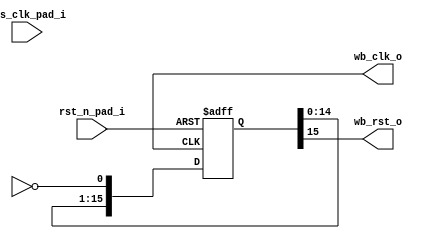
module clkgen
  (
   // Main clocks in, depending on board
   sys_clk_pad_i,

   // Wishbone clock and reset out  
   wb_clk_o,
   wb_rst_o,

   // JTAG clock
`ifdef JTAG_DEBUG
   tck_pad_i,
   dbg_tck_o,
`endif      
   // Main memory clocks
`ifdef VERSATILE_SDRAM
   sdram_clk_o,
   sdram_rst_o,
`endif
   // Peripheral clocks
`ifdef ETH_CLK
   eth_clk_pad_i,
   eth_clk_o,
   eth_rst_o,
 `endif

`ifdef USB_CLK
   usb_clk_o,
`endif

   // Asynchronous, active low reset in
   rst_n_pad_i
   
   );

   input sys_clk_pad_i;

   output wb_rst_o;
   output wb_clk_o;

`ifdef JTAG_DEBUG
   input  tck_pad_i;
   output dbg_tck_o;
`endif      
   
`ifdef VERSATILE_SDRAM
   output sdram_clk_o;
   output sdram_rst_o;
`endif

`ifdef ETH_CLK
   input  eth_clk_pad_i;
   output eth_clk_o;
   output eth_rst_o;
`endif
   
`ifdef USB_CLK
   output usb_clk_o;
`endif

   // Asynchronous, active low reset (pushbutton, typically)
   input  rst_n_pad_i;
   
   // First, deal with the asychronous reset
   wire   async_rst;
   wire   async_rst_n;

   assign async_rst_n  = rst_n_pad_i;
   
   // Everyone likes active-high reset signals...
   assign async_rst = ~async_rst_n;
   
   
`ifdef JTAG_DEBUG
   assign  dbg_tck_o = tck_pad_i;
`endif

   //
   // Declare synchronous reset wires here
   //
   
   // An active-low synchronous reset signal (usually a PLL lock signal)
   wire   sync_rst_n;

   // An active-low synchronous reset from ethernet PLL
   wire   sync_eth_rst_n;
   
   
`ifdef ACTEL_PLL
 `ifdef SYNTHESIS
   wire   pll_lock;   
   wire   eth_pll_lock;
   
  `ifdef PLL_XTAL64_WB36
   pll_xtal64_wb36
  `endif
  `ifdef PLL_XTAL64_WB32
   pll_xtal64_wb32
  `endif
  `ifdef PLL_XTAL64_WB30
   pll_xtal64_wb30
  `endif               
  `ifdef PLL_XTAL64_WB24
   pll_xtal64_wb24
  `endif          
  `ifdef PLL_XTAL64_WB20
   pll_xtal64_wb20
  `endif     
  `ifdef PLL_XTAL64_WB18
   pll_xtal64_wb18
  `endif
  `ifdef PLL_XTAL64_WB16
   pll_xtal64_wb16
  `endif
  `ifdef PLL_XTAL25_WB24
   pll_xtal25_wb24
  `endif
  `ifdef PLL_XTAL25_WB20
   pll_xtal25_wb20
  `endif

     pll0
     (
      .POWERDOWN(1'b1),
      .CLKA(sys_clk_pad_i),
      .LOCK(pll_lock),

  `ifdef VERSATILE_SDRAM      
      .GLA(sdram_clk_o),
  `else
      .GLA(),
  `endif      
      
      .GLB(wb_clk_o),
      
  `ifdef USB_CLK
      .GLC(usb_clk_o)
  `else
      .GLC()
  `endif      
      );

   assign sync_rst_n = pll_lock;

  `ifdef ETH_CLK   
   `ifdef ETH_CLK_PLL
   
   eth_pll eth_pll0
     (
      .POWERDOWN(1'b1),
      .CLKA(eth_clk_pad_i),
      .LOCK(eth_pll_lock),
      .GLA(eth_clk_o)
      );
   `else
   // Just instantiate global buffer for incoming ethernet clock
   gbuf eth_clk_gbuf
     (
      .CLK(eth_clk_pad_i),
      .GL(eth_clk_o)
      );
   assign eth_pll_lock = 1'b1;
   `endif // !`ifdef ETH_CLK_PLL
  `endif
   
   assign sync_eth_rst_n = eth_pll_lock;
   
 `else // !`ifdef SYNTHESIS
   // Buggy looking Actel PLL simulation model  (it was drifting when 
   // generating certain frequencies) so we will generate our own during 
   // simulation.

   reg 	  wb_clk_gen = 0;
   reg 	  usb_clk_gen = 0;

   // Delay on Actel PLLs for SDRAM clock (GLA) is 0.200ns
   parameter Tskew_actel_pll_gla = 0.200;
   assign #Tskew_actel_pll_gla sdram_clk_o  = sys_clk_pad_i;
   
   always
     #((`ACTEL_PLL_CLKB_PERIOD)/2) wb_clk_gen <=  async_rst ? 0 : ~wb_clk_gen;
   
   always
     #((`ACTEL_PLL_CLKC_PERIOD)/2) usb_clk_gen <=  async_rst ? 0 : ~usb_clk_gen;

   assign wb_clk_o = wb_clk_gen;

  `ifdef USB_CLK
   assign usb_clk_o = usb_clk_gen;   
  `endif
       
  `ifdef ETH_CLK
   `ifdef ETH_CLK_PLL
   // Ethernet clock is 125MHz on ORSoC dev board 
   // PLL set to -0.06ns delay model this here
   
   wire   eth_clk, eth_clk_dly1, eth_clk_dly2;
   assign #3.5 eth_clk_dly1 = eth_clk_pad_i;
   assign #3.5 eth_clk_dly2 = eth_clk_dly1;
   assign #(1 - 0.06)eth_clk = eth_clk_dly2;
   assign eth_clk_o = eth_clk;
   `else
   
   assign eth_clk_o = eth_clk_pad_i;
   
   `endif // !`ifdef ETH_CLK_PLL
  `endif //  `ifdef ETH_CLK
   
   

   reg 	  pll_lock = 0;
   reg 	  eth_pll_lock = 1;
  
   always @(async_rst)
     if (async_rst)
       pll_lock = 0;
     else
       #300 pll_lock = 1;

   // Assign synchronous resets
   assign sync_rst_n = pll_lock;
   assign sync_eth_rst_n = eth_pll_lock;

   
 `endif // !`ifdef SYNTHESIS
`endif //  `ifdef ACTEL_PLL

   //
   // Reset generation
   //
   //
            

   // Reset generation for wishbone
   reg [15:0] 	   wb_rst_shr;
   always @(posedge wb_clk_o or posedge async_rst)
     if (async_rst)
       wb_rst_shr <= 16'hffff;
     else
       wb_rst_shr <= {wb_rst_shr[14:0], ~(sync_rst_n)};
   
   assign wb_rst_o = wb_rst_shr[15];
   

   
`ifdef VERSATILE_SDRAM   
   // Reset generation for SDRAM controller
   reg [15:0] 	   sdram_rst_shr;
   always @(posedge sdram_clk_o or posedge async_rst)
     if (async_rst)
       sdram_rst_shr <= 16'hffff;
     else
       sdram_rst_shr <= {sdram_rst_shr[14:0], ~(sync_rst_n)};
   
   assign sdram_rst_o = sdram_rst_shr[15];
`endif //  `ifdef VERSATILE_SDRAM

`ifdef ETH_CLK
   // Reset generation for ethernet SMII
   reg [15:0] 	   eth_rst_shr;
   always @(posedge eth_clk_o or posedge async_rst)
     if (async_rst)
       eth_rst_shr <= 16'hffff;
     else
       eth_rst_shr <= {eth_rst_shr[14:0], ~(sync_eth_rst_n)};
   
   assign eth_rst_o = eth_rst_shr[15];
`endif //  `ifdef ETH_CLK
   
endmodule